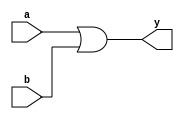
module orgate_dataflow(a, b, y);

input a, b;
output y;

assign y = a | b;

endmodule